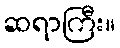
ဆရာကြီး။